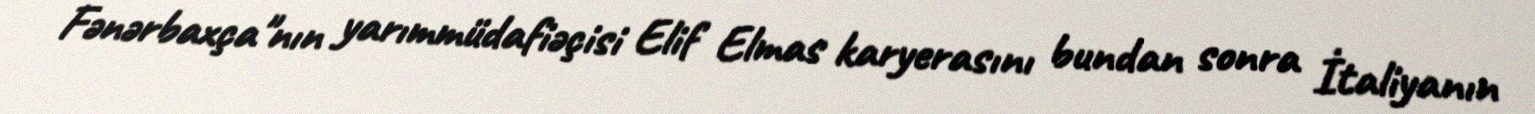
Fənərbaxça"nın yarımmüdafiəçisi Elif Elmas karyerasını bundan sonra İtaliyanın